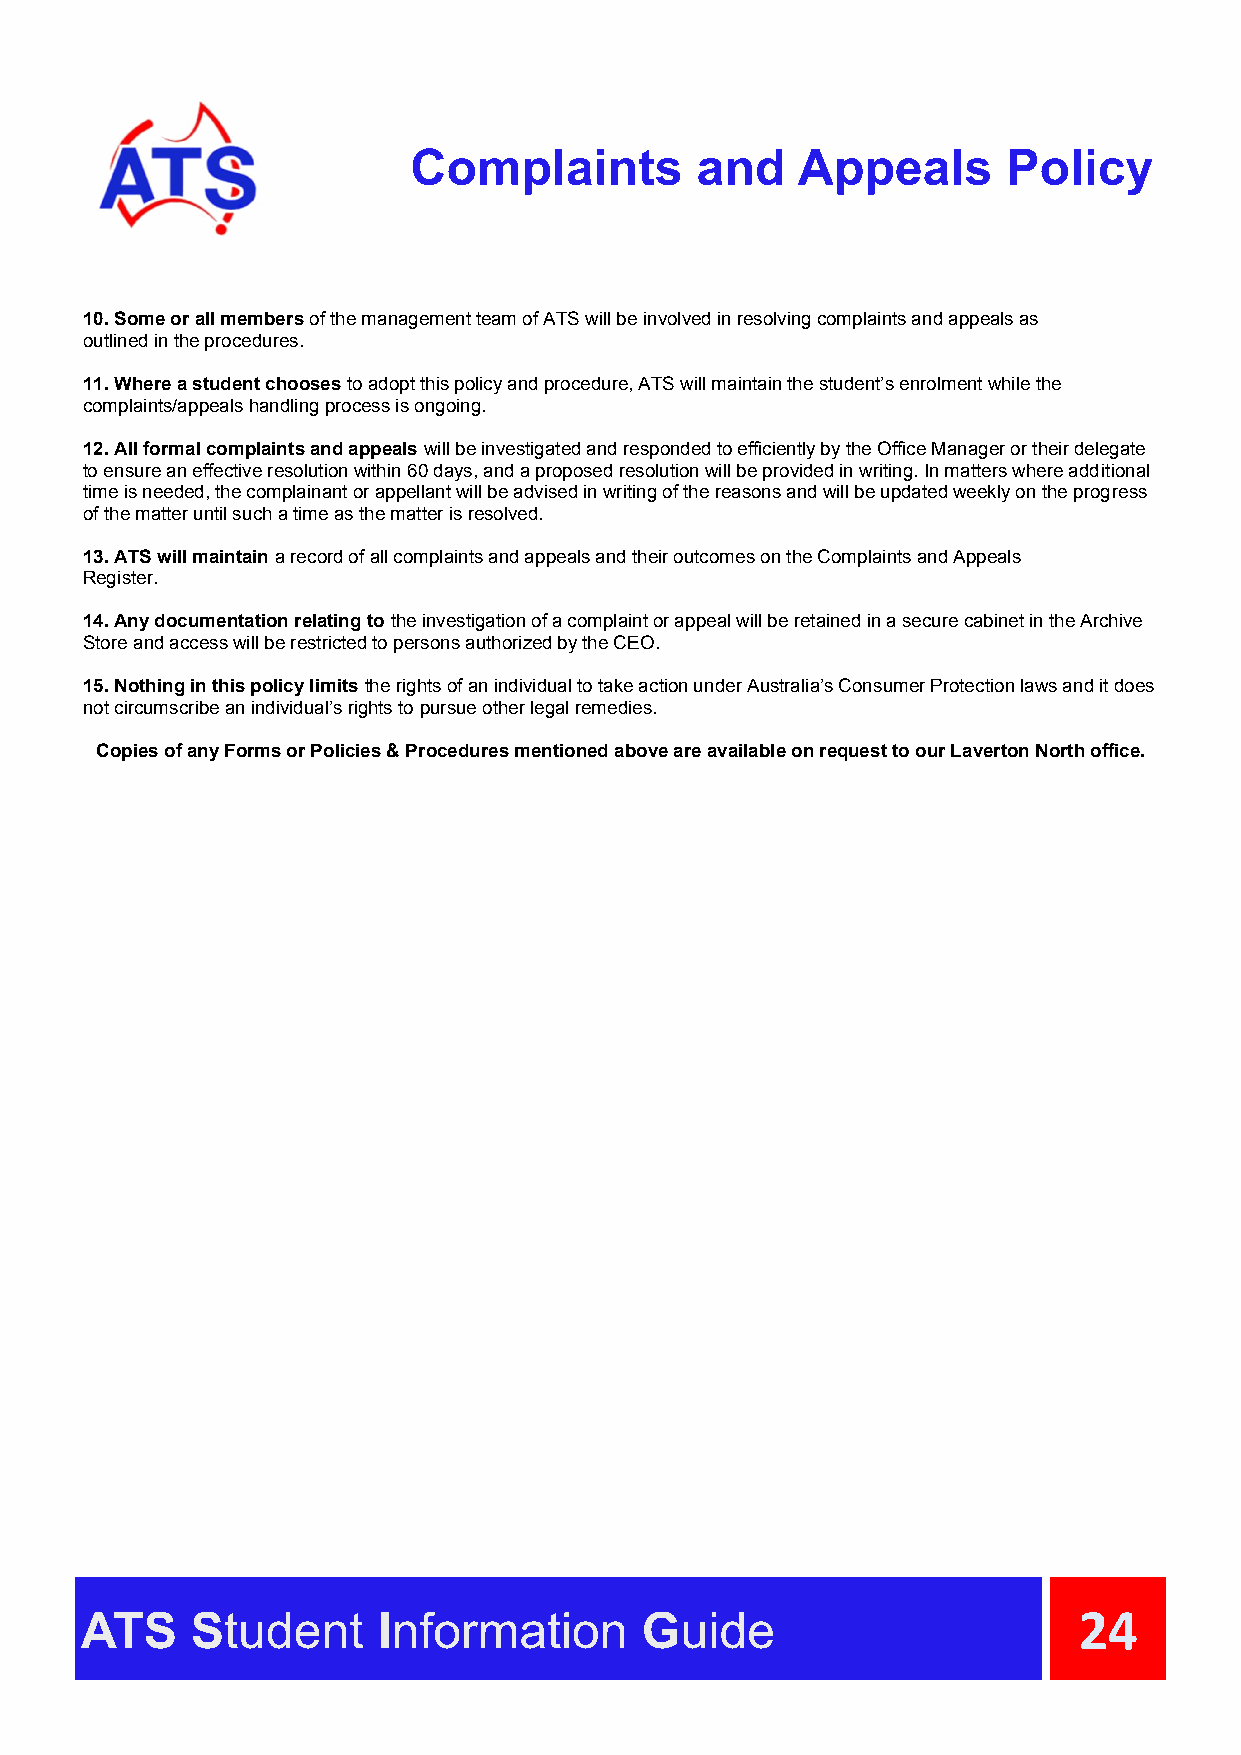
Complaints         and    Appeals       Policy
 10. Some or all members of the management team of ATS will be involved in resolving complaints and appeals as
 outlined in the procedures.
 11. Where a student chooses to adopt this policy and procedure, ATS will maintain the student’s enrolment while the
 complaints/appeals handling process is ongoing.
 12. All formal complaints and appeals will be investigated and responded to efficiently by the Office Manager or their delegate
 to ensure an effective resolution within 60 days, and a proposed resolution will be provided in writing. In matters where additional
 time is needed, the complainant or appellant will be advised in writing of the reasons and will be updated weekly on the progress
 of the matter until such a time as the matter is resolved.
 13. ATS will maintain a record of all complaints and appeals and their outcomes on the Complaints and Appeals
 Register.
 14. Any documentation relating to the investigation of a complaint or appeal will be retained in a secure cabinet in the Archive
 Store and access will be restricted to persons authorized by the CEO.
 15. Nothing in this policy limits the rights of an individual to take action under Australia’s Consumer Protection laws and it does
 not circumscribe an individual’s rights to pursue other legal remedies.
 Copies of any Forms or Policies & Procedures mentioned above are available on request to our Laverton North office.
 ATS     Student     Information      Guide                        24